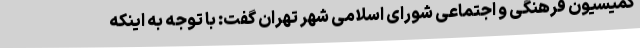
کمیسیون فرهنگی و اجتماعی شورای اسلامی شهر تهران گفت: با توجه به اینکه